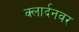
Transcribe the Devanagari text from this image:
क्लार्दनवर